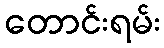
တောင်းရမ်း